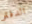
الدفتر